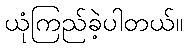
ယုံကြည်ခဲ့ပါတယ်။